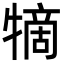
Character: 㹍